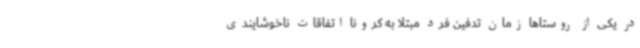
در یکی از روستاها زمان تدفین فرد مبتلا به کرونا اتفاقات ناخوشایندی